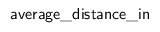
\mathsf { a v e r a g e \_ d i s t a n c e \_ i n }